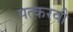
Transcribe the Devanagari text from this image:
पत्करवी